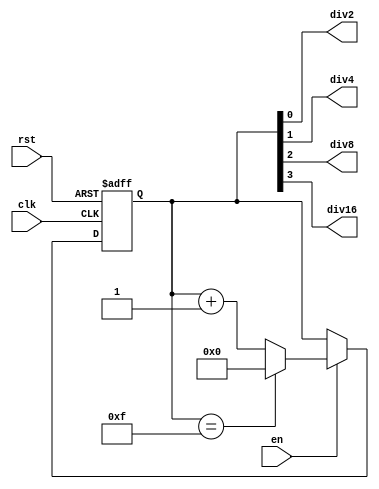
module ClockDividerBy2n(
    input rst, clk, en,
    output  div2, div4, div8, div16
);
    reg [3:0] count;

    always @(posedge clk or posedge rst) begin
        if (rst) 
            count <= 0;
        else if (en) begin
            if (count == 4'd15)
                count <= 0;
            else
                count <= count + 1;
        end
    end
    assign div2 = count[0];
    assign div4 = count[1];
    assign div8 = count[2];
    assign div16 = count[3];
endmodule